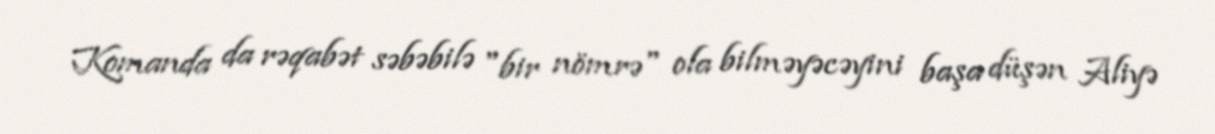
Komanda da rəqabət səbəbilə "bir nömrə" ola bilməyəcəyini başa düşən Aliyə